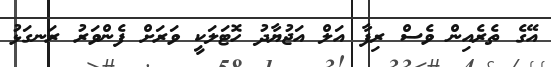
އޭގެ ތެރެއިން ވެސް ރިފާ އަލް އަޖުޔާދު ހޮޓަލަކީ ވަރަށް ފެންވަރު ރަނގަޅު